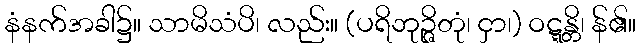
နံနက်အခါ၌။ သာမိသံပိ၊ လည်း။ (ပရိဘုဉ္ဇိတုံ၊ ငှာ၊) ဝဋ္ဋန္တိ၊ န်၏။